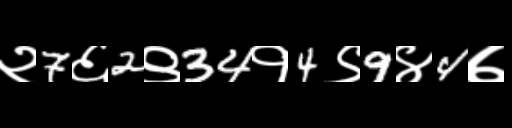
Text: २7६2९34१4९9४4७